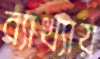
ব্যাখ্যায়